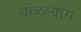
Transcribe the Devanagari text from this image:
चोळल्यास